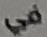
في